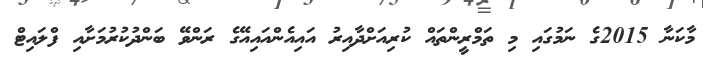
މާކަނާ 2015ގެ ނަމުގައި މި ތަމްރީންތައް ކުރިއަށްދާއިރު އައިއެންއައިއޭގެ ރަންވޭ ބަންދުކުރުމަށާއި ފްލައިޓް